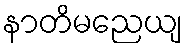
နာတိမညေယျ